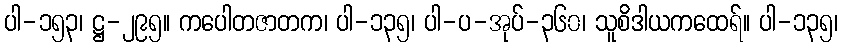
ပါ-၁၅၃၊ ဋ္ဌ-၂၉၅။ ကပေါတဇာတက၊ ပါ-၁၃၅၊ ပါ-ပ-အုပ်-၃၆၀၊ သူစိဒါယကထေရ်။ ပါ-၁၃၅၊